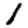
Digit: 1